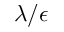
\lambda / \epsilon